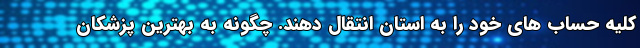
کلیه حساب های خود را به استان انتقال دهند. چگونه به بهترین پزشکان